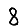
Digit: 8